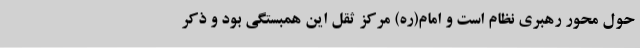
حول محور رهبری نظام است و امام(ره) مرکز ثقل این همبستگی بود و ذکر